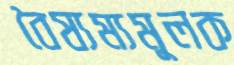
বৈষ্যম্যমূলক